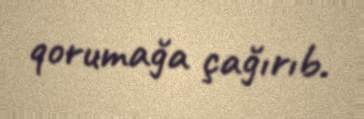
qorumağa çağırıb.